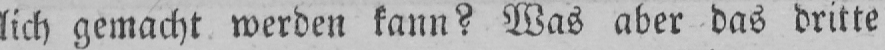
lich gemacht werden kann? Was aber das dritte